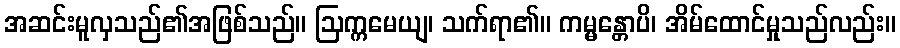
အဆင်းမူလှသည်၏အဖြစ်သည်။ ဩက္ကမေယျ၊ သက်ရာ၏။ ကမ္မန္တောပိ၊ အိမ်ထောင်မှုသည်လည်း။